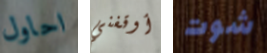
احاول أوقفني شوت